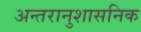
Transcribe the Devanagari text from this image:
अन्तरानुशासनिक